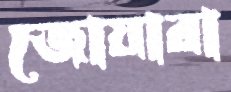
জোয়ারা